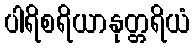
ပါရိစရိယာနုတ္တရိယံ